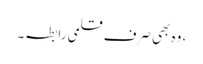
، وہ بھی صرف قلمی رابطہ۔